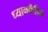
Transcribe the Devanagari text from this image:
ध्यानकेंद्रित